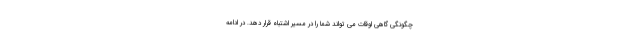
چگونگی گاهی اوقات می تواند شما را در مسیر اشتباه قرار دهد. در ادامه